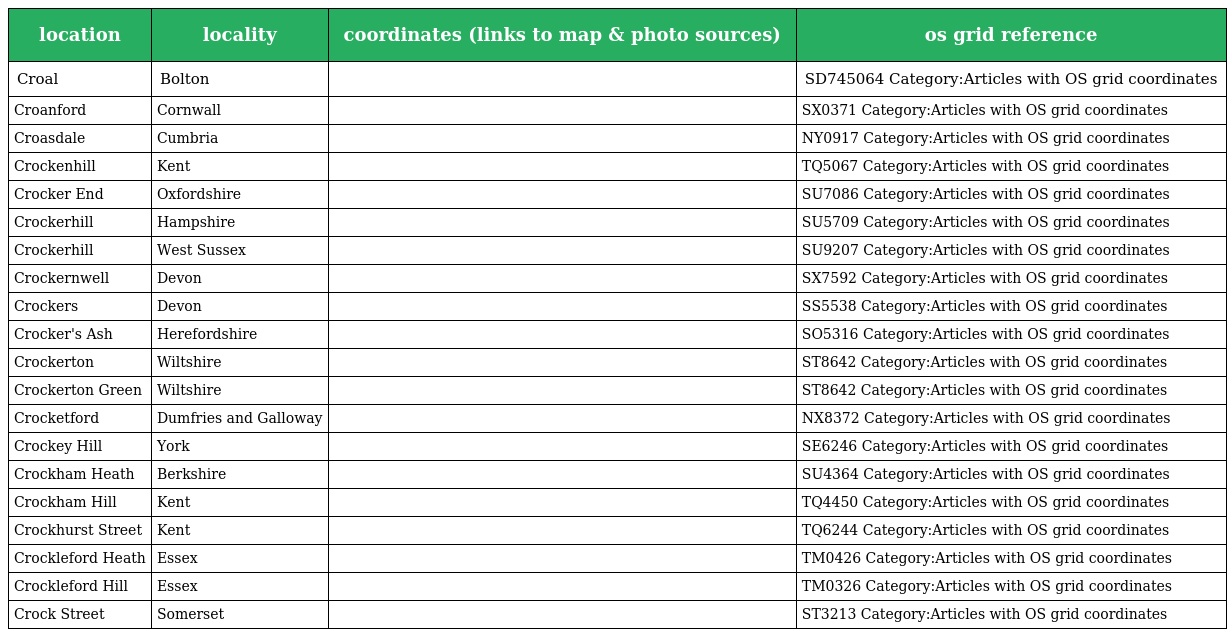
| location | locality | coordinates (links to map & photo sources) | os grid reference |
 | --- | --- | --- | --- |
 | Croal | Bolton |  | SD745064 Category:Articles with OS grid coordinates |
 | Croanford | Cornwall |  | SX0371 Category:Articles with OS grid coordinates |
 | Croasdale | Cumbria |  | NY0917 Category:Articles with OS grid coordinates |
 | Crockenhill | Kent |  | TQ5067 Category:Articles with OS grid coordinates |
 | Crocker End | Oxfordshire |  | SU7086 Category:Articles with OS grid coordinates |
 | Crockerhill | Hampshire |  | SU5709 Category:Articles with OS grid coordinates |
 | Crockerhill | West Sussex |  | SU9207 Category:Articles with OS grid coordinates |
 | Crockernwell | Devon |  | SX7592 Category:Articles with OS grid coordinates |
 | Crockers | Devon |  | SS5538 Category:Articles with OS grid coordinates |
 | Crocker's Ash | Herefordshire |  | SO5316 Category:Articles with OS grid coordinates |
 | Crockerton | Wiltshire |  | ST8642 Category:Articles with OS grid coordinates |
 | Crockerton Green | Wiltshire |  | ST8642 Category:Articles with OS grid coordinates |
 | Crocketford | Dumfries and Galloway |  | NX8372 Category:Articles with OS grid coordinates |
 | Crockey Hill | York |  | SE6246 Category:Articles with OS grid coordinates |
 | Crockham Heath | Berkshire |  | SU4364 Category:Articles with OS grid coordinates |
 | Crockham Hill | Kent |  | TQ4450 Category:Articles with OS grid coordinates |
 | Crockhurst Street | Kent |  | TQ6244 Category:Articles with OS grid coordinates |
 | Crockleford Heath | Essex |  | TM0426 Category:Articles with OS grid coordinates |
 | Crockleford Hill | Essex |  | TM0326 Category:Articles with OS grid coordinates |
 | Crock Street | Somerset |  | ST3213 Category:Articles with OS grid coordinates |